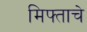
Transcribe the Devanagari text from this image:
मिफ्ताचे